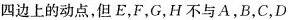
四边上的动点，但E，F，G，H不与A，B，C，D